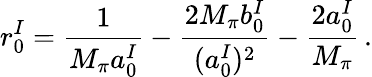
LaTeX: r_{0}^{I}=\frac{1}{M_{\pi}a_{0}^{I}}-\frac{2M_{\pi}b_{0}^{I}}{(a_{0}^{I})^{2}}-\frac{2a_{0}^{I}}{M_{\pi}}\, .